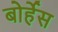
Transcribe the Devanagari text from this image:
बोर्हेस